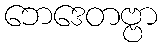
ဘေဒေတဗ္ဗာ